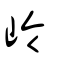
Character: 岭